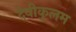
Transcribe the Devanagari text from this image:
देवीकुलम